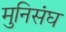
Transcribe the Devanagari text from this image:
मुनिसंघ